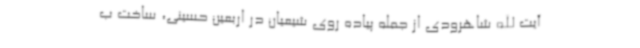
آیت الله شاهرودی از جمله پیاده روی شیعیان در اربعین حسینی، ساخت ب